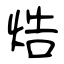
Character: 焅